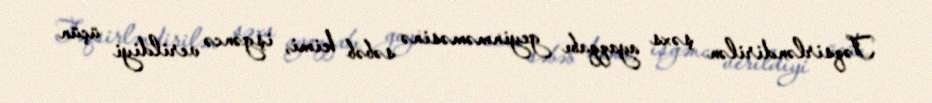
Təqsirləndirilən şəxs ayaqqabı geyinməməsinə səbəb kimi, işgəncə verildiyi üçün